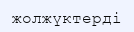
жолжүктерді